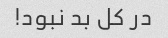
در کل بد نبود!